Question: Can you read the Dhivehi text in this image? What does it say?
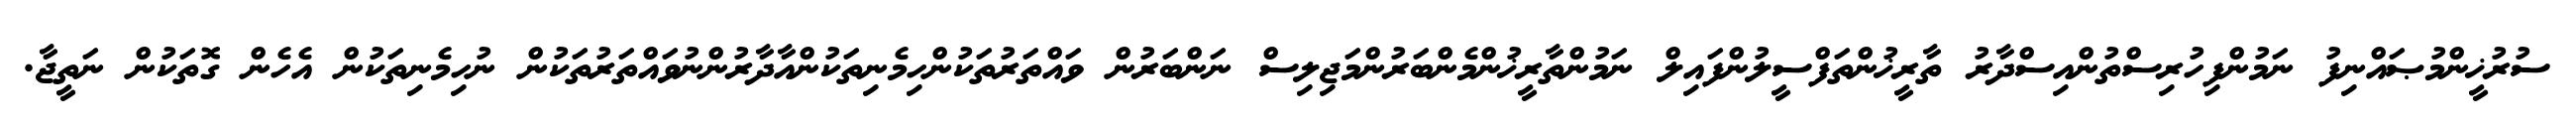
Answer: ސުރުޚީންމުޞައްނިފު ނަމުންފިހުރިސްތުންއިސްދާރު ތާރީޚުންތަފްސީލުންފައިލް ނަމުންތާރީޚުންމެންބަރުންމަޖިލިސް ނަންބަރުން ވައްތަރުތަކުންހިމެނިތަކުންއާދާރުންނުވައްތަރުތަކުން ނުހިމެނިތަކުން އެހެން ގޮތަކުން ނަތީޖާ.